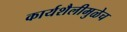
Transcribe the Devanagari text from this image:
कार्यशैलीमुळेच